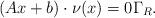
LaTeX: \begin{align*} (Ax + b) \cdot \nu(x) =0 \Gamma_R.\end{align*}